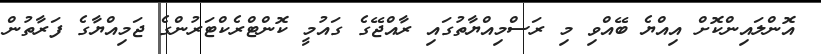
އޮންލައިންކޮށް އިއްޔެ ބޭއްވި މި ރަސްމިއްޔާތުގައި ރާއްޖޭގެ ގައުމީ ކޮންޓްރެކްޓަރުންގެ ޖަމިއްޔާގެ ފަރާތުން